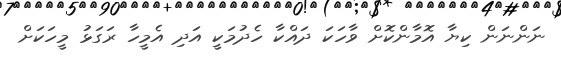
ނަންނަން ކިޔާ އޮމާންކޮށް ވާހަކަ ދައްކާ ހެދުމަކީ އަދި އެމީހާ ރަގަޅު މީހަކަށް